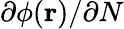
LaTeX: \partial\phi(\mathbf{r})/\partial N